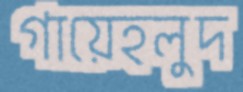
গায়েহলুদ